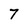
Character: 7